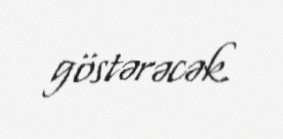
göstərəcək.